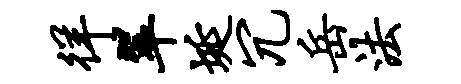
徉翠埏冗岳法